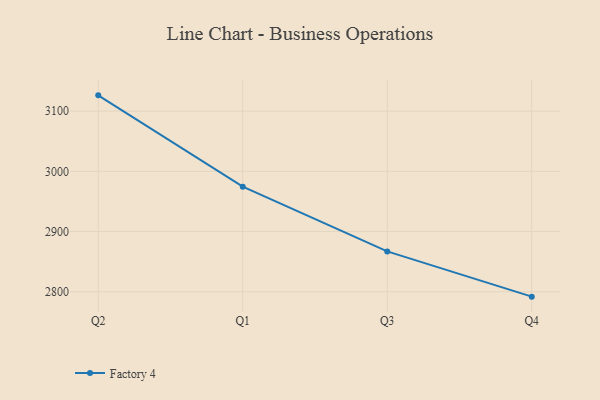
{"axis": {"x": "Quarter", "y": "Demand Index"}, "legend": ["Factory 4"], "data": [{"x": "Q2", "y": 3126.1, "type": "Factory 4"}, {"x": "Q1", "y": 2974.5, "type": "Factory 4"}, {"x": "Q3", "y": 2867.1, "type": "Factory 4"}, {"x": "Q4", "y": 2792.0, "type": "Factory 4"}]}